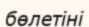
бөлетіні